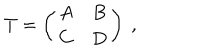
T = \left( \begin{array} { c c } { { A } } & { { B } } \\ { { C } } & { { D } } \\ \end{array} \right) \ ,